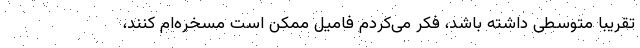
تقریبا متوسطی داشته باشد، فکر می‌کردم فامیل ممکن است مسخره‌ام کنند،